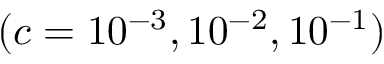
( c = 1 0 ^ { - 3 } , 1 0 ^ { - 2 } , 1 0 ^ { - 1 } )